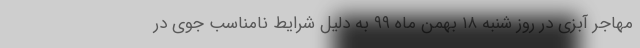
مهاجر آبزی در روز شنبه ۱۸ بهمن ماه ۹۹ به دلیل شرایط نامناسب جوی در